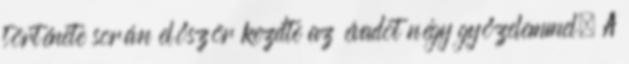
története során először kezdte az évadot négy győzelemmel. A